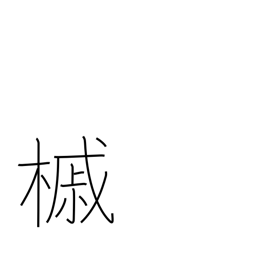
Meaning: maple tree